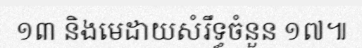
១៣ និងមេដាយសំរឹទ្ធចំនួន ១៧៕